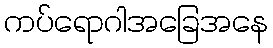
ကပ်ရောဂါအခြေအနေ